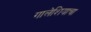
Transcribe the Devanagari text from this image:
गालेशियाचा